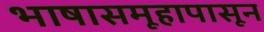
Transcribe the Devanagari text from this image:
भाषासमूहापासून